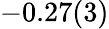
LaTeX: -0.27(3)